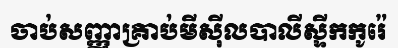
ចាប់សញ្ញាគ្រាប់មីស៊ីលបាលីស្ទីកកូរ៉េ